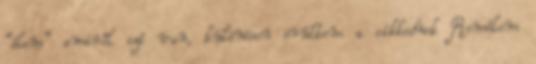
“élem” amiről szó van, különösen örültem a cikkednek Remélem